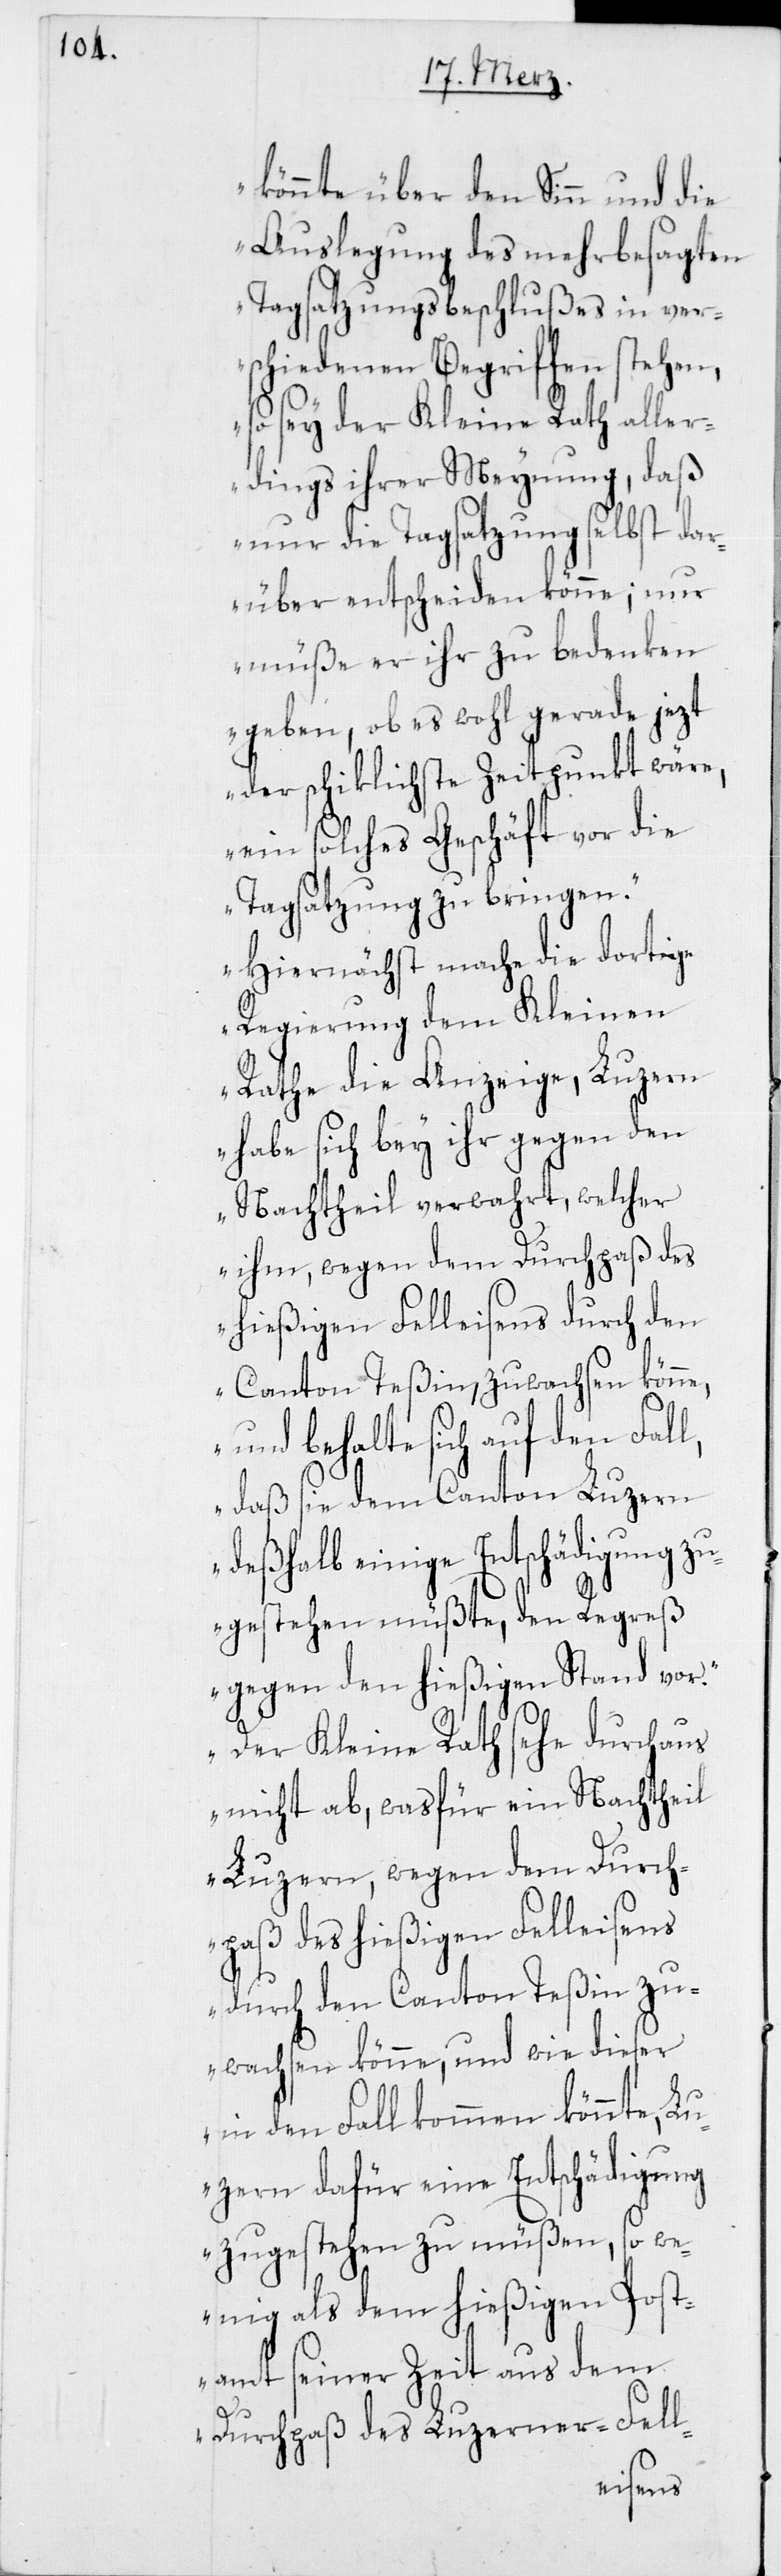
könnte über den Sinn und die
Auslegung des mehrbesagten
Tagsatzungsbeschlußes in ver¬
schiedenen Begriffen stehen,
so sey der Kleine Rath aller¬
dings ihrer Meynung, daß
nur die Tagsatzung selbst da¬
rüber entscheiden könne; nur
müße er ihr zu bedenken
geben, ob es wohl gerade jezt
der schiklichste Zeitpunkt wäre,
ein solches Geschäft vor die
Tagsatzung zu bringen.
Hiernächst mache die dortige
Regierung dem Kleinen
Rathe die Anzeige, Luzern
habe sich bey ihr gegen den
Nachtheil verwahrt, welcher
ihm, wegen dem Durchpaß des
hießigen Felleisens durch den
Canton Teßin, zuwachsen könne,
und behalte sich auf den Fall,
daß sie dem Canton Luzern
deshalb einige Entschädigung zu¬
gestehen müßte, den Regreß
gegen den hießigen Stand vor.
Der Kleine Rath sehe durchaus
nicht ab, wasfür ein Nachtheil
Luzern, wegen dem Durch¬
paß des hießigen Felleisens
durch den Canton Teßin zu¬
wachsen könne, und wie dieser
in den Fall kommen könnte, Lu¬
zern dafür eine Entschädigung
zugestehen zu müßen, so we¬
nig als dem hießigen Post¬
amt seiner Zeit aus dem
Durchpaß des Luzerner-Fell-